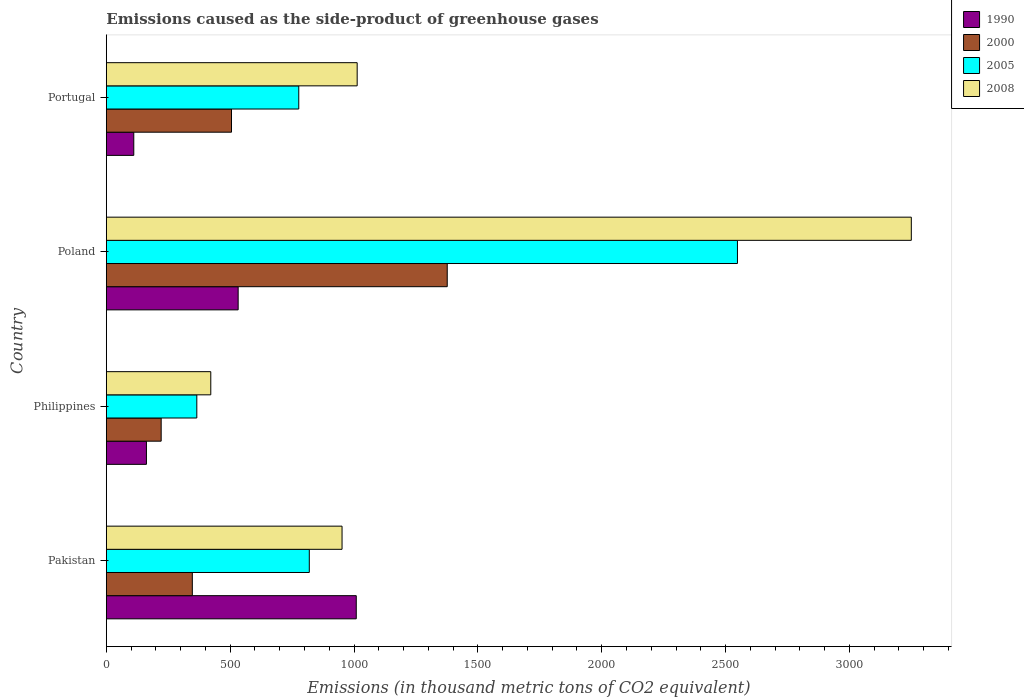
| Country | 1990 | 2000 | 2005 | 2008 |
 | --- | --- | --- | --- | --- |
 | Pakistan | 1.01e+03 | 347 | 819 | 952 |
 | Philippines | 162 | 221 | 365 | 422 |
 | Poland | 532 | 1.38e+03 | 2.55e+03 | 3.25e+03 |
 | Portugal | 111 | 505 | 777 | 1.01e+03 |